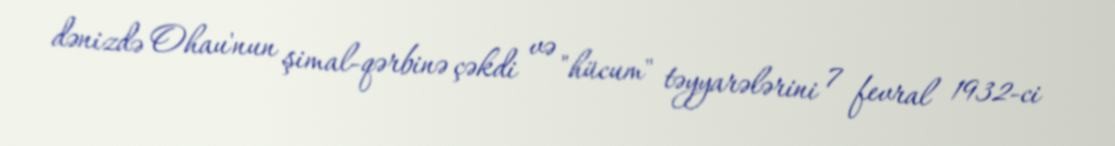
dənizdə Ohau'nun şimal-qərbinə çəkdi və "hücum" təyyarələrini 7 fevral 1932-ci